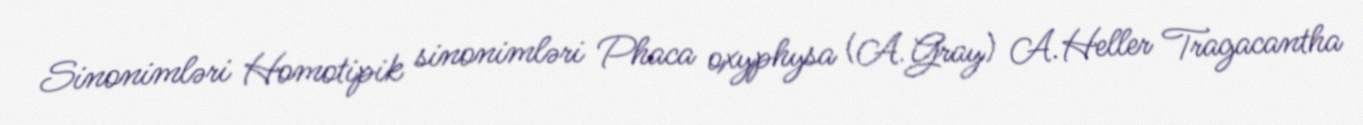
Sinonimləri Homotipik sinonimləri Phaca oxyphysa (A.Gray) A.Heller Tragacantha